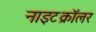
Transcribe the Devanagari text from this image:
नाइटक्रॉलर